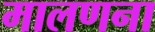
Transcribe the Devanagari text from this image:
मालणना